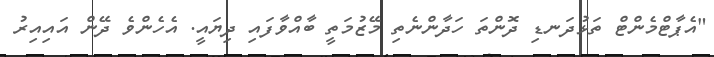
"އެޕާޓްމެންޓް ތަޅުދަނޑި ދޮންތަ ހަދާންނެތި މޭޒުމަތީ ބާއްވާފައި ދިޔައީ. އެހެންވެ ދޭން އައިއިރު